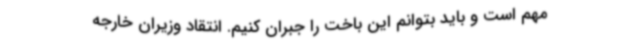
مهم است و باید بتوانم این باخت را جبران کنیم. انتقاد وزیران خارجه